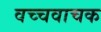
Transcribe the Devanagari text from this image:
वच्चवाचक